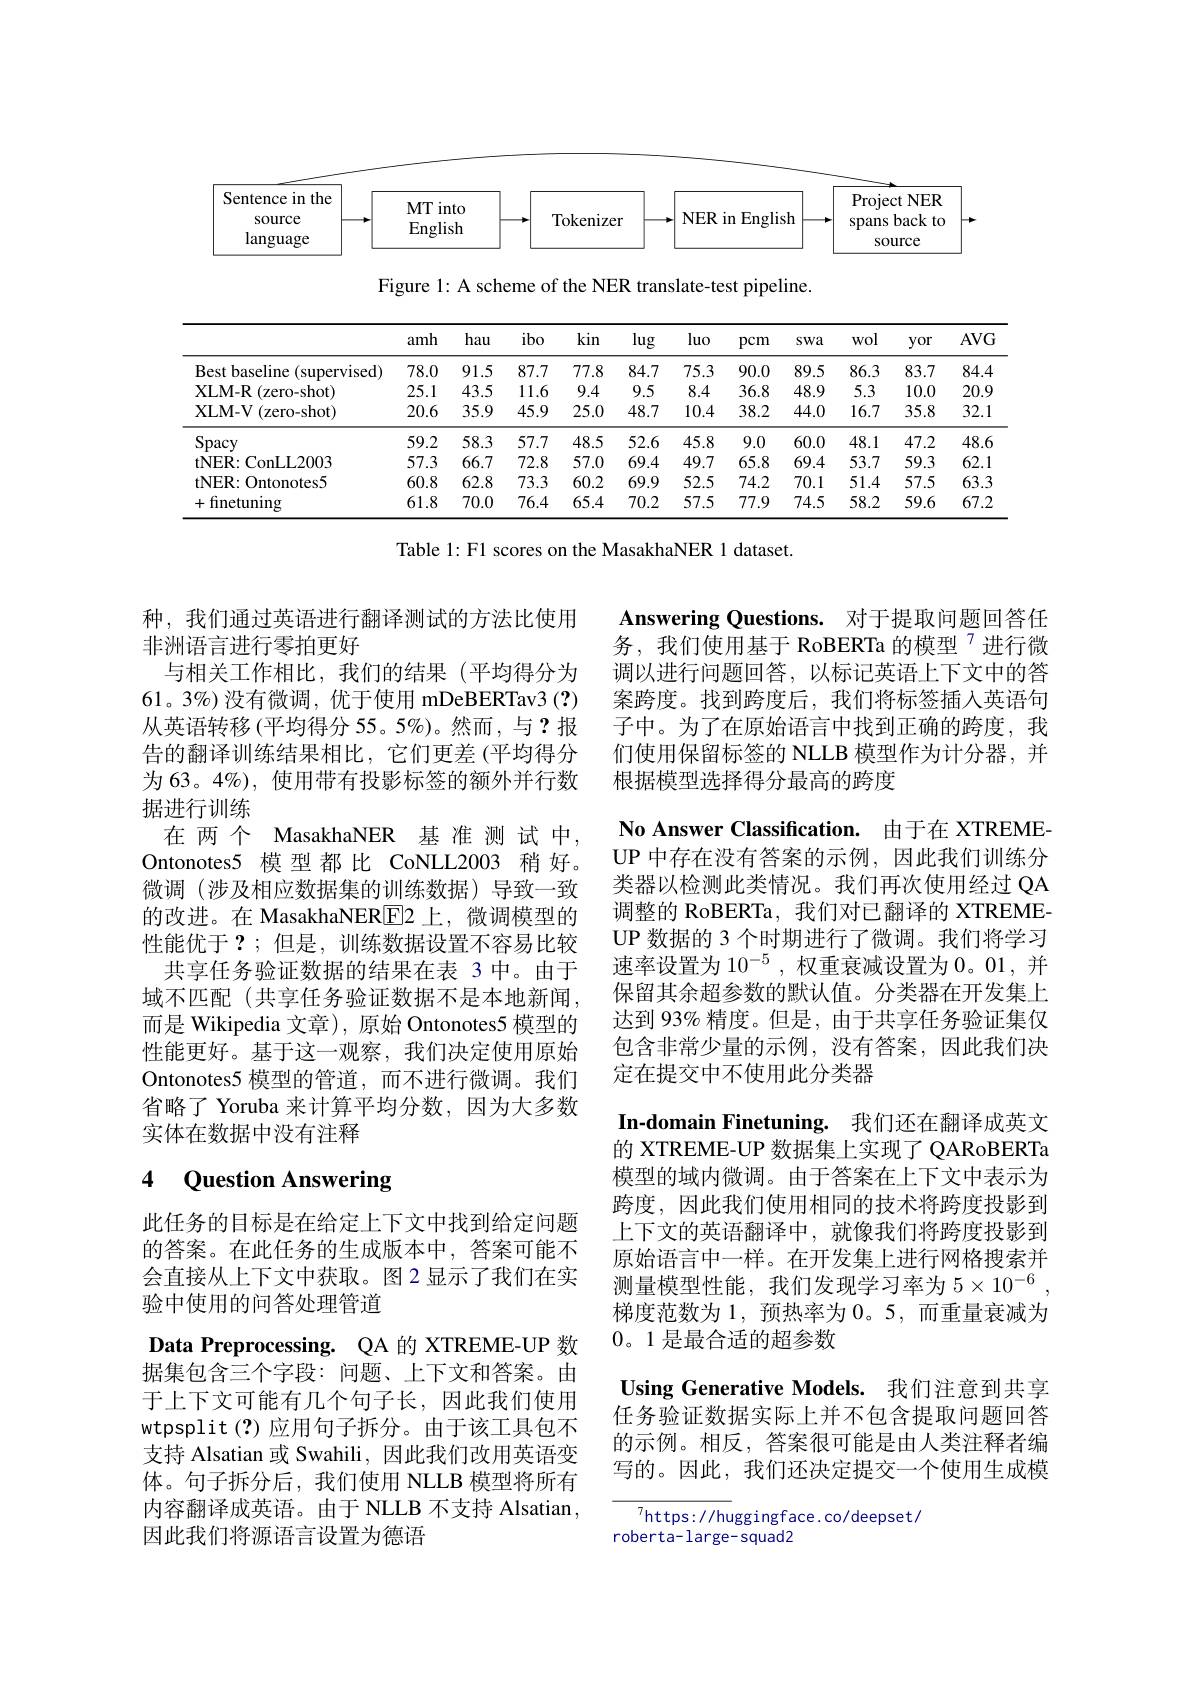
<FigureHere>

Figure 1: A scheme of the NER translate-test pipeline.

<table>
	<tbody>
		<tr>
			<th> </th>
			<th>amh</th>
			<th>hau</th>
			<th>ibo</th>
			<th>kin</th>
			<th>lug</th>
			<th>luo</th>
			<th>pcm</th>
			<th>SWa</th>
			<th>wol</th>
			<th>yor</th>
			<th>$AVG$</th>
		</tr>
		<tr>
			<td>Bestbaseline (supervised) ·</td>
			<td>78.0</td>
			<td>91.5</td>
			<td>87.7</td>
			<td>77.8</td>
			<td>84.7</td>
			<td>75.3</td>
			<td>90.0</td>
			<td>89.5</td>
			<td>86.3</td>
			<td>83.7</td>
			<td>84.4</td>
		</tr>
		<tr>
			<td>$\mathbf{XLM-R}$ (zero-shot)</td>
			<td>25.1</td>
			<td>43.5</td>
			<td>11.6</td>
			<td>9.4</td>
			<td>9.5</td>
			<td>8.4</td>
			<td>36.8</td>
			<td>48.9</td>
			<td>5.3</td>
			<td>10.0</td>
			<td>20.9</td>
		</tr>
		<tr>
			<td>XLM- V(zero-shot)</td>
			<td>20.6</td>
			<td>35.9</td>
			<td>45.9</td>
			<td>25.0</td>
			<td>48.7</td>
			<td>10.4</td>
			<td>38.2</td>
			<td>44.0</td>
			<td>16.7</td>
			<td>35.8</td>
			<td>32.1</td>
		</tr>
		<tr>
			<td>Spacy</td>
			<td>59.2</td>
			<td>58.3</td>
			<td>57.7</td>
			<td>48.5</td>
			<td>52.6</td>
			<td>45.8</td>
			<td>9.0</td>
			<td>60.0</td>
			<td>48.1</td>
			<td>47.2</td>
			<td>48.6</td>
		</tr>
		<tr>
			<td>$\mathbf{tNER:ConLL2003}$</td>
			<td>57.3</td>
			<td>66.7</td>
			<td>72.8</td>
			<td>57.0</td>
			<td>69.4</td>
			<td>49.7</td>
			<td>65.8</td>
			<td>69.4</td>
			<td>53.7</td>
			<td>59.3</td>
			<td>62.1</td>
		</tr>
		<tr>
			<td>tNER: Ontonotes5</td>
			<td>60.8</td>
			<td>62.8</td>
			<td>73.3</td>
			<td>60.2</td>
			<td>69.9</td>
			<td>52.5</td>
			<td>74.2</td>
			<td>70.1</td>
			<td>51.4</td>
			<td>57.5</td>
			<td>63.3</td>
		</tr>
		<tr>
			<td>+finetuning</td>
			<td>61.8</td>
			<td>70.0</td>
			<td>76.4</td>
			<td>65.4</td>
			<td>70.2</td>
			<td>57.5</td>
			<td>77.9</td>
			<td>74.5</td>
			<td>58.2</td>
			<td>59.6</td>
			<td>67.2</td>
		</tr>
	</tbody>
</table>

Table 1: F1 scores on the MasakhaNER 1 dataset.

Answering Questions. 对于提取问题回答任务，我们使用基于 RoBERTa 的模型$^{7}$进行微调以进行问题回答，以标记英语上下文中的答案跨度。找到跨度后，我们将标签插入英语句子中。为了在原始语言中找到正确的跨度，我们使用保留标签的 NLLB 模型作为计分器，并根据模型选择得分最高的跨度

种，我们通过英语进行翻译测试的方法比使用
非洲语言进行零拍更好
与相关工作相比，我们的结果(平均得分为61。3%) 没有微调，优于使用 mDeBERTav3 (?) 从英语转移(平均得分 55。5%)。然而，与？报告的翻译训练结果相比，它们更差(平均得分为 63。4%), 使用带有投影标签的额外并行数据进行训练
在 两 个 MasakhaNER 基 准 测 试 中， Ontonotes5 模型都比 CoNLL2003 稍 好。微调 (涉及相应数据集的训练数据)导致一致的改进。在 MasakhaNERE2 上，微调模型的性能优于 ?;但是，训练数据设置不容易比较
共享任务验证数据的结果在表 3 中。由于域不匹配(共享任务验证数据不是本地新闻， 而是 Wikipedia 文章),原始 Ontonotes5 模型的性能更好。基于这一观察，我们决定使用原始Ontonotes5 模型的管道，而不进行微调。我们省略了 Yoruba 来计算平均分数，因为大多数实体在数据中没有注释

No Answer Classification. 由于在 XTREMEUP 中存在没有答案的示例，因此我们训练分类器以检测此类情况。我们再次使用经过 QA 调整的 RoBERTa, 我们对已翻译的 XTREMEUP 数据的 3 个时期进行了微调。我们将学习速率设置为$10^{-5}$,权重衰减设置为0。01,并保留其余超参数的默认值。分类器在开发集上达到 93% 精度。但是，由于共享任务验证集仅包含非常少量的示例，没有答案，因此我们决定在提交中不使用此分类器
In-domain Finetuning. 我们还在翻译成英文的 XTREME-UP 数据集上实现了 QARoBERTa 模型的域内微调。由于答案在上下文中表示为跨度，因此我们使用相同的技术将跨度投影到上下文的英语翻译中，就像我们将跨度投影到原始语言中一样。在开发集上进行网格搜索并测量模型性能，我们发现学习率为$5\times10^{-6}$ 梯度范数为 1, 预热率为0。5,而重量衰减为0。1 是最合适的超参数
Using Generative Models. 我们注意到共享任务验证数据实际上并不包含提取问题回答的示例。相反，答案很可能是由人类注释者编写的。因此，我们还决定提交一个使用生成模

# 4 Question Answering

此任务的目标是在给定上下文中找到给定问题的答案。在此任务的生成版本中，答案可能不会直接从上下文中获取。图 2 显示了我们在实验中使用的问答处理管道
Data Preprocessing. QA 的 XTREME-UP 数据集包含三个字段：问题、上下文和答案。由于上下文可能有几个句子长，因此我们使用wtpsplit(?)应用句子拆分。由于该工具包不支持 Alsatian 或 Swahili, 因此我们改用英语变体。句子拆分后，我们使用 NLLB 模型将所有内容翻译成英语。由于 NLLB 不支持 Alsatian , 因此我们将源语言设置为德语

$^{7}$https://huggingface.co/deepset/
roberta-large-squad2